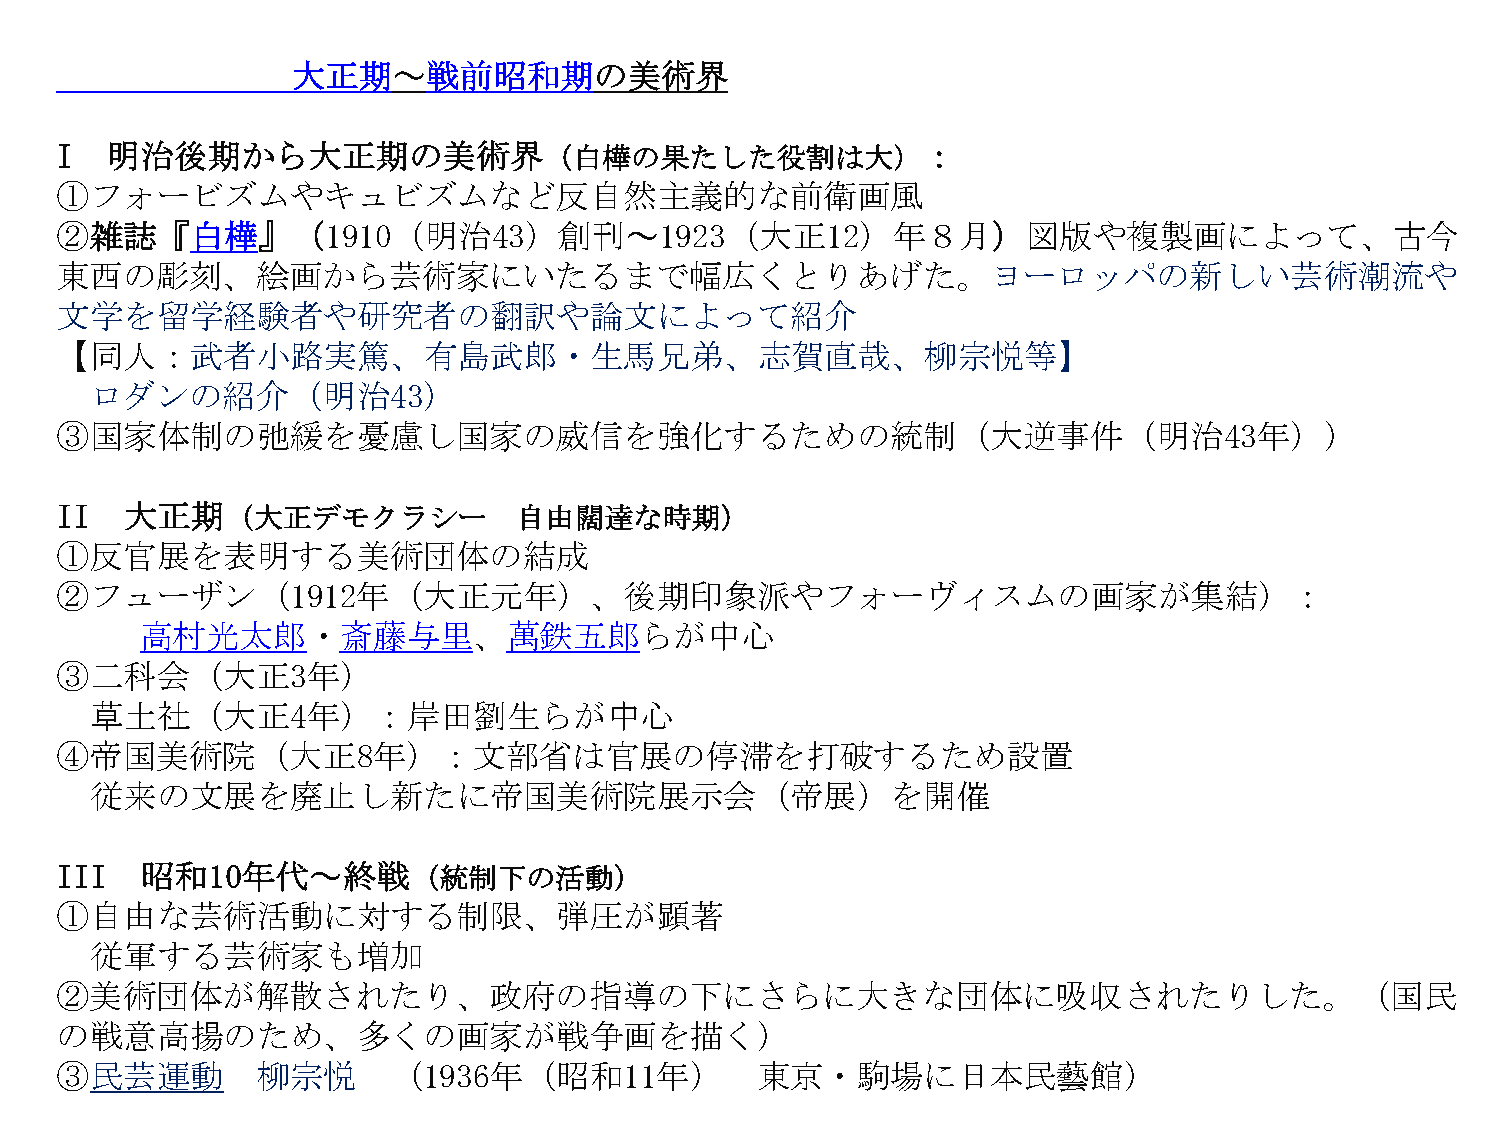
大正期～戦前昭和期の美術界
 I  明治後期から大正期の美術界（白樺の果たした役割は大）：
 ①フォービズムやキュビズムなど反自然主義的な前衛画風
 ②雑誌『白樺』（1910（明治43）創刊～1923（大正12）年８月）図版や複製画によって、古今
 東西の彫刻、絵画から芸術家にいたるまで幅広くとりあげた。ヨーロッパの新しい芸術潮流や
 文学を留学経験者や研究者の翻訳や論文によって紹介
 【同人：武者小路実篤、有島武郎・生馬兄弟、志賀直哉、柳宗悦等】
 ロダンの紹介（明治43）
 ③国家体制の弛緩を憂慮し国家の威信を強化するための統制（大逆事件（明治43年））
 II  大正期（大正デモクラシー              自由闊達な時期）
 ①反官展を表明する美術団体の結成
 ②フューザン（1912年（大正元年）、後期印象派やフォーヴィスムの画家が集結）：
 高村光太郎・斎藤与里、萬鉄五郎らが中心
 ③二科会（大正3年）
 草土社（大正4年）：岸田劉生らが中心
 ④帝国美術院（大正8年）：文部省は官展の停滞を打破するため設置
 従来の文展を廃止し新たに帝国美術院展示会（帝展）を開催
 III  昭和10年代～終戦（統制下の活動）
 ①自由な芸術活動に対する制限、弾圧が顕著
 従軍する芸術家も増加
 ②美術団体が解散されたり、政府の指導の下にさらに大きな団体に吸収されたりした。（国民
 の戦意高揚のため、多くの画家が戦争画を描く）
 ③民芸運動        柳宗悦      （1936年（昭和11年）           東京・駒場に日本民藝館）